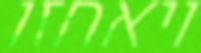
ויאחזו